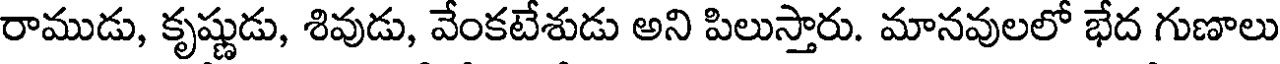
రాముడు, కృష్ణుడు, శివుడు, వేంకటేశుడు అని పిలుస్తారు. మానవులలో భేద గుణాలు